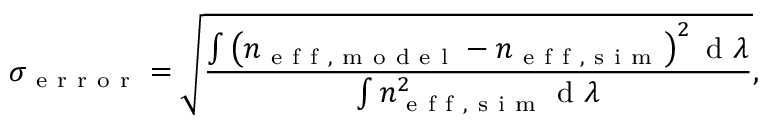
\sigma _ { \mathrm { ~ e ~ r ~ r ~ o ~ r ~ } } = \sqrt { \frac { \int \left( n _ { \mathrm { ~ e ~ f ~ f ~ , ~ m ~ o ~ d ~ e ~ l ~ } } - n _ { \mathrm { ~ e ~ f ~ f ~ , ~ s ~ i ~ m ~ } } \right) ^ { 2 } \mathrm { ~ d ~ } \lambda } { \int n _ { \mathrm { ~ e ~ f ~ f ~ , ~ s ~ i ~ m ~ } } ^ { 2 } \mathrm { ~ d ~ } \lambda } } ,